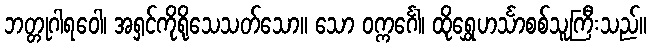
ဘတ္တုဂါရဝေါ၊ အရှင်ကိုရိုသေသတ်သော။ သော ဝက္ကင်္ဂေါ၊ ထိုရွှေဟင်္သာစစ်သူကြီးသည်။